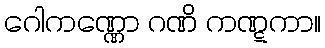
ဂေါကဏ္ဏော ဂဏိ ကဏ္ဋကာ။